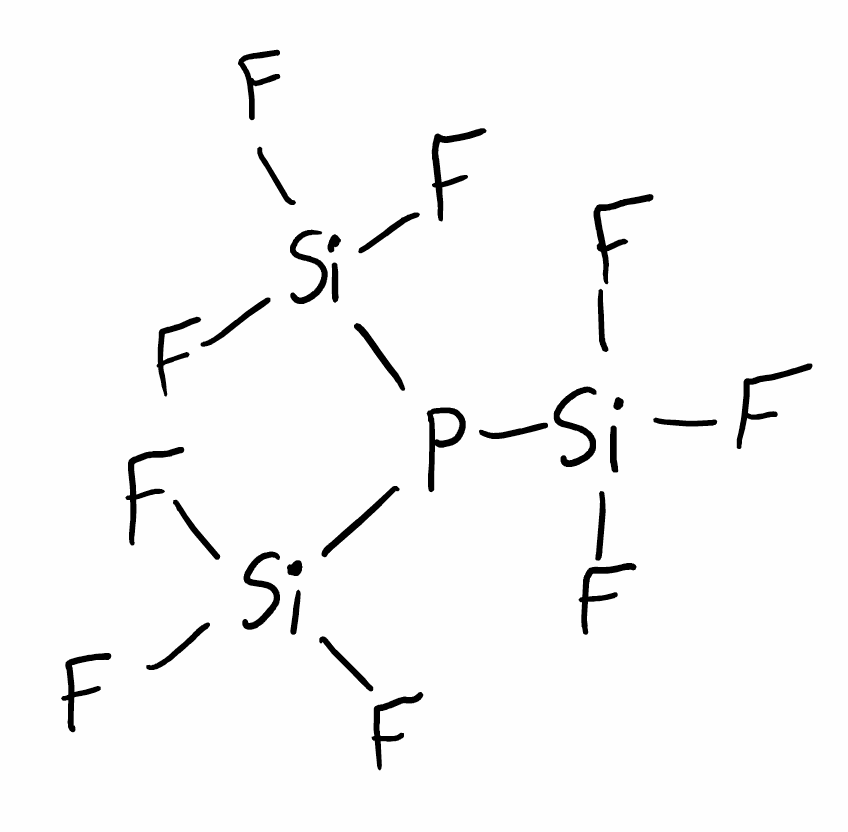
Simplified molecular-input line-entry system (SMILES) notation of the given molecule:
F[Si](F)(F)P([Si](F)(F)F)[Si](F)(F)F